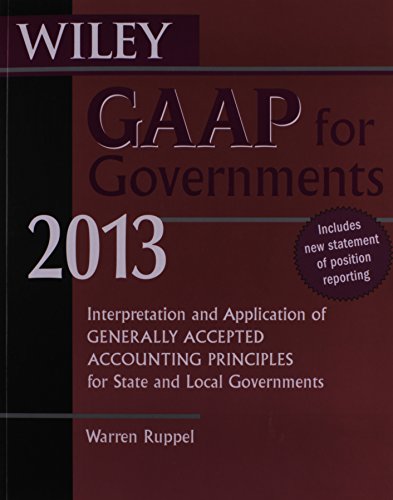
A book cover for Wiley GAAP for Governments 2013: Interpretation and Application of Generally Accepted Accounting Principles for State and Local Governments; Warren Ruppel; Test Preparation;